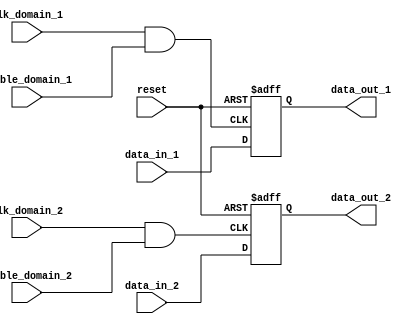
module memory_block_gating (
    input wire clk_domain_1,  // Clock for domain 1
    input wire clk_domain_2,  // Clock for domain 2
    input wire enable_domain_1, // Enable signal for domain 1
    input wire enable_domain_2, // Enable signal for domain 2
    input wire [7:0] data_in_1,  // Data input for domain 1
    input wire [7:0] data_in_2,  // Data input for domain 2
    output reg [7:0] data_out_1, // Data output for domain 1
    output reg [7:0] data_out_2, // Data output for domain 2
    input wire reset  // Reset signal
);

// Gated clock signals
wire gated_clk_1;
wire gated_clk_2;

// Clock gating logic
assign gated_clk_1 = clk_domain_1 & enable_domain_1; // Gating logic for domain 1
assign gated_clk_2 = clk_domain_2 & enable_domain_2; // Gating logic for domain 2

// Memory operation for clock domain 1
always @(posedge gated_clk_1 or posedge reset) begin
    if (reset) begin
        data_out_1 <= 8'b0; // Reset output
    end else begin
        data_out_1 <= data_in_1; // Pass through data
    end
end

// Memory operation for clock domain 2
always @(posedge gated_clk_2 or posedge reset) begin
    if (reset) begin
        data_out_2 <= 8'b0; // Reset output
    end else begin
        data_out_2 <= data_in_2; // Pass through data
    end
end

endmodule